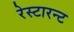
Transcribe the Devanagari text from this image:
रेस्टारन्ट